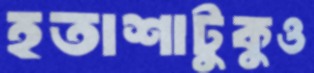
হতাশাটুকুও